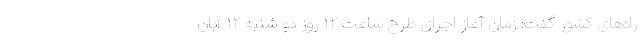
راه‌های کشور گفت: زمان آغاز اجرای طرح ساعت ١٢ روز دو شنبه ١٢ آبان